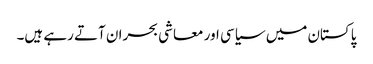
پاکستان میں سیاسی اور معاشی بحران آتے رہے ہیں۔